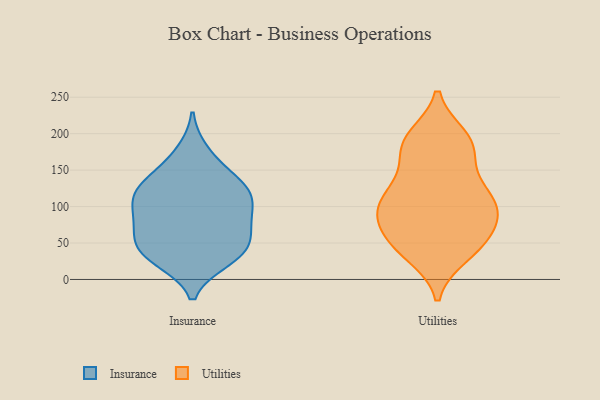
{"axis": {"x": "Net Income (USD K)", "y": "Value"}, "legend": ["Insurance", "Utilities"], "data": [{"x": "", "y": 113, "type": "Insurance"}, {"x": "", "y": 39, "type": "Insurance"}, {"x": "", "y": 35, "type": "Insurance"}, {"x": "", "y": 124, "type": "Insurance"}, {"x": "", "y": 82, "type": "Insurance"}, {"x": "", "y": 76, "type": "Insurance"}, {"x": "", "y": 81, "type": "Insurance"}, {"x": "", "y": 123, "type": "Insurance"}, {"x": "", "y": 96, "type": "Insurance"}, {"x": "", "y": 50, "type": "Insurance"}, {"x": "", "y": 27, "type": "Insurance"}, {"x": "", "y": 127, "type": "Insurance"}, {"x": "", "y": 56, "type": "Insurance"}, {"x": "", "y": 31, "type": "Insurance"}, {"x": "", "y": 120, "type": "Insurance"}, {"x": "", "y": 153, "type": "Insurance"}, {"x": "", "y": 175, "type": "Insurance"}, {"x": "", "y": 81, "type": "Utilities"}, {"x": "", "y": 123, "type": "Utilities"}, {"x": "", "y": 40, "type": "Utilities"}, {"x": "", "y": 45, "type": "Utilities"}, {"x": "", "y": 105, "type": "Utilities"}, {"x": "", "y": 195, "type": "Utilities"}, {"x": "", "y": 101, "type": "Utilities"}, {"x": "", "y": 145, "type": "Utilities"}, {"x": "", "y": 180, "type": "Utilities"}, {"x": "", "y": 34, "type": "Utilities"}, {"x": "", "y": 183, "type": "Utilities"}, {"x": "", "y": 193, "type": "Utilities"}, {"x": "", "y": 87, "type": "Utilities"}, {"x": "", "y": 51, "type": "Utilities"}, {"x": "", "y": 182, "type": "Utilities"}, {"x": "", "y": 55, "type": "Utilities"}, {"x": "", "y": 95, "type": "Utilities"}, {"x": "", "y": 109, "type": "Utilities"}, {"x": "", "y": 121, "type": "Utilities"}, {"x": "", "y": 77, "type": "Utilities"}]}